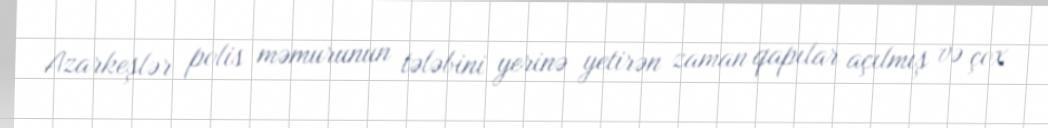
Azarkeşlər polis məmurunun tələbini yerinə yetirən zaman qapılar açılmış və çox